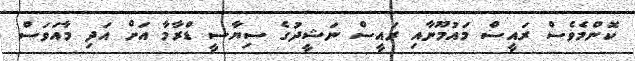
ކޮންމެވެސް ރައީސް މައުމޫނާއި ރައީސް ނަޝީދުގެ ސިޔާސީ ޑްރާމާ އަށް އަދި މާއަވަސް